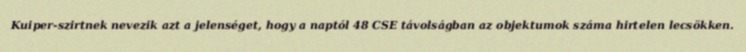
Kuiper-szirtnek nevezik azt a jelenséget, hogy a naptól 48 CSE távolságban az objektumok száma hirtelen lecsökken.